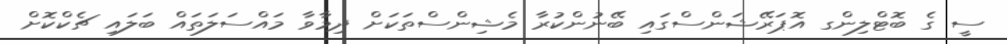
ސީ ގެ ބޮޓްލިންގ އޮޕަރޭޝަންސްގައި ބޭނުންކުރާ މެޝިންސްތަކަށް ދިމާވާ މައްސަލަތައް ބަލައި ޗެކްކޮށް